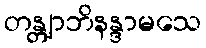
တန္တျာဘိနန္ဒာမသေ